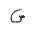
Letter: _sin